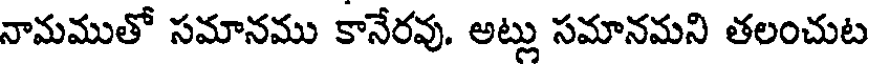
నామముతో సమానము కానేరవు. అట్లు సమానమని తలంచుట